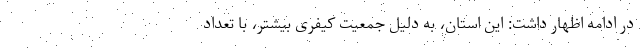
در ادامه اظهار داشت: این استان، به دلیل جمعیت کیفری بیشتر، با تعداد